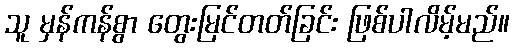
သူ မှန်ကန်စွာ တွေးမြင်တတ်ခြင်း ဖြစ်ပါလိမ့်မည်။